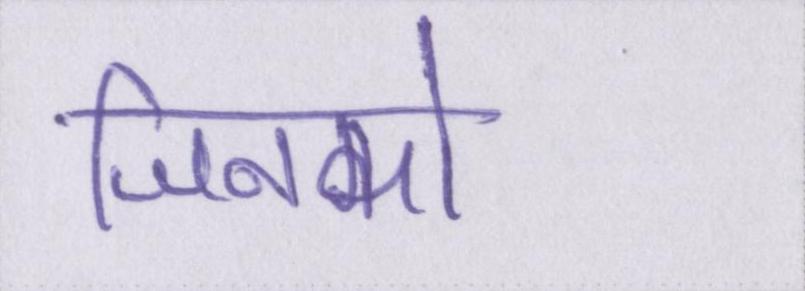
जिनको